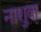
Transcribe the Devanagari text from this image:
नाशुवा